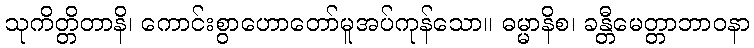
သုကိတ္တိတာနိ၊ ကောင်းစွာဟောတော်မူအပ်ကုန်သော။ ဓမ္မာနိစ၊ ခန္တီမေတ္တာဘာဝနာ